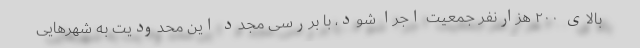
بالای ۲۰۰ هزارنفر جمعیت اجرا شود، با بررسی مجدد این محدودیت به شهرهایی